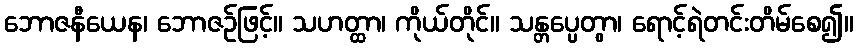
ဘောဇနီယေန၊ ဘောဇဉ်ဖြင့်။ သဟတ္ထာ၊ ကိုယ်တိုင်။ သန္တပ္ပေတွာ၊ ရောင့်ရဲတင်းတိမ်စေ၍။